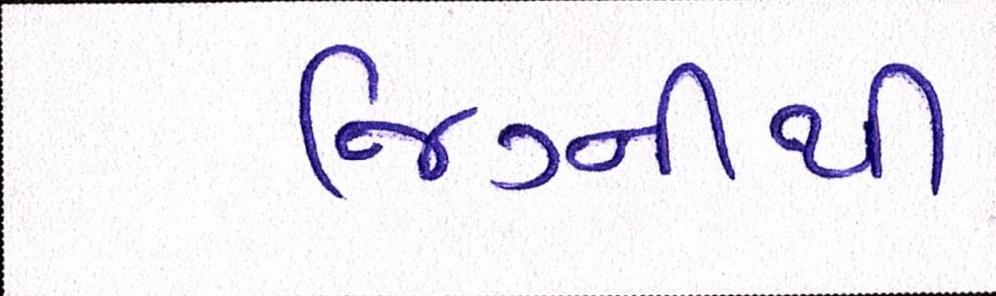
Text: જિગ્નીથી